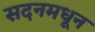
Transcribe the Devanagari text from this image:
सदनमधून